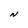
Character: N